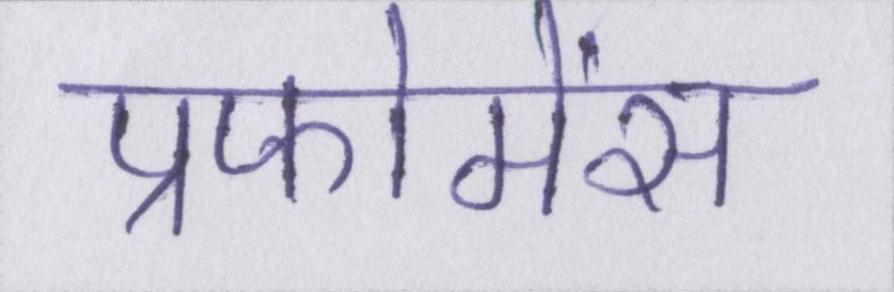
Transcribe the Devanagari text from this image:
प्रफोमेंस